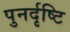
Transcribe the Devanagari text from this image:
पुनर्दृष्टि